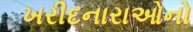
ખરીદનારાઓનો